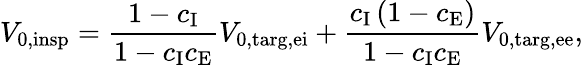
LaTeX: V_{\mathrm{0,insp}}=\frac{1-c_{\mathrm{I}}}{1-c_{\mathrm{I}}c_{\mathrm{E}}}V_{\mathrm{0,targ,ei}}+\frac{c_{\mathrm{I}}\left(1-c_{\mathrm{E}}\right)}{1-c_{\mathrm{I}}c_{\mathrm{E}}}V_{\mathrm{0,targ,ee}},